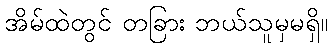
အိမ်ထဲတွင် တခြား ဘယ်သူမှမရှိ။